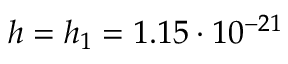
h = h _ { 1 } = 1 . 1 5 \cdot 1 0 ^ { - 2 1 }